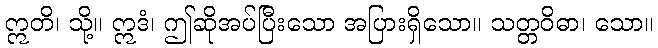
ဣတိ၊ သို့။ ဣဒံ၊ ဤဆိုအပ်ပြီးသော အပြားရှိသော။ သတ္တဝိဓာ၊ သော။